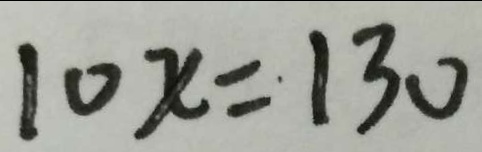
1 0 x = 1 3 0